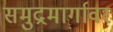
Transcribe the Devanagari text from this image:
समुद्रमार्गावर